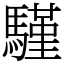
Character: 騹